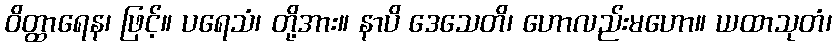
ဝိတ္ထာရေန၊ ဖြင့်။ ပရေသံ၊ တို့အား။ နာပိ ဒေသေတိ၊ ဟောလည်းမဟော။ ယထာသုတံ၊